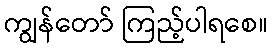
ကျွန်တော် ကြည့်ပါရစေ။